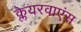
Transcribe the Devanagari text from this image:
क्लेयरवाएंस